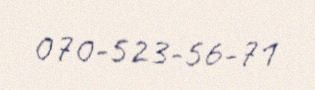
070-523-56-71